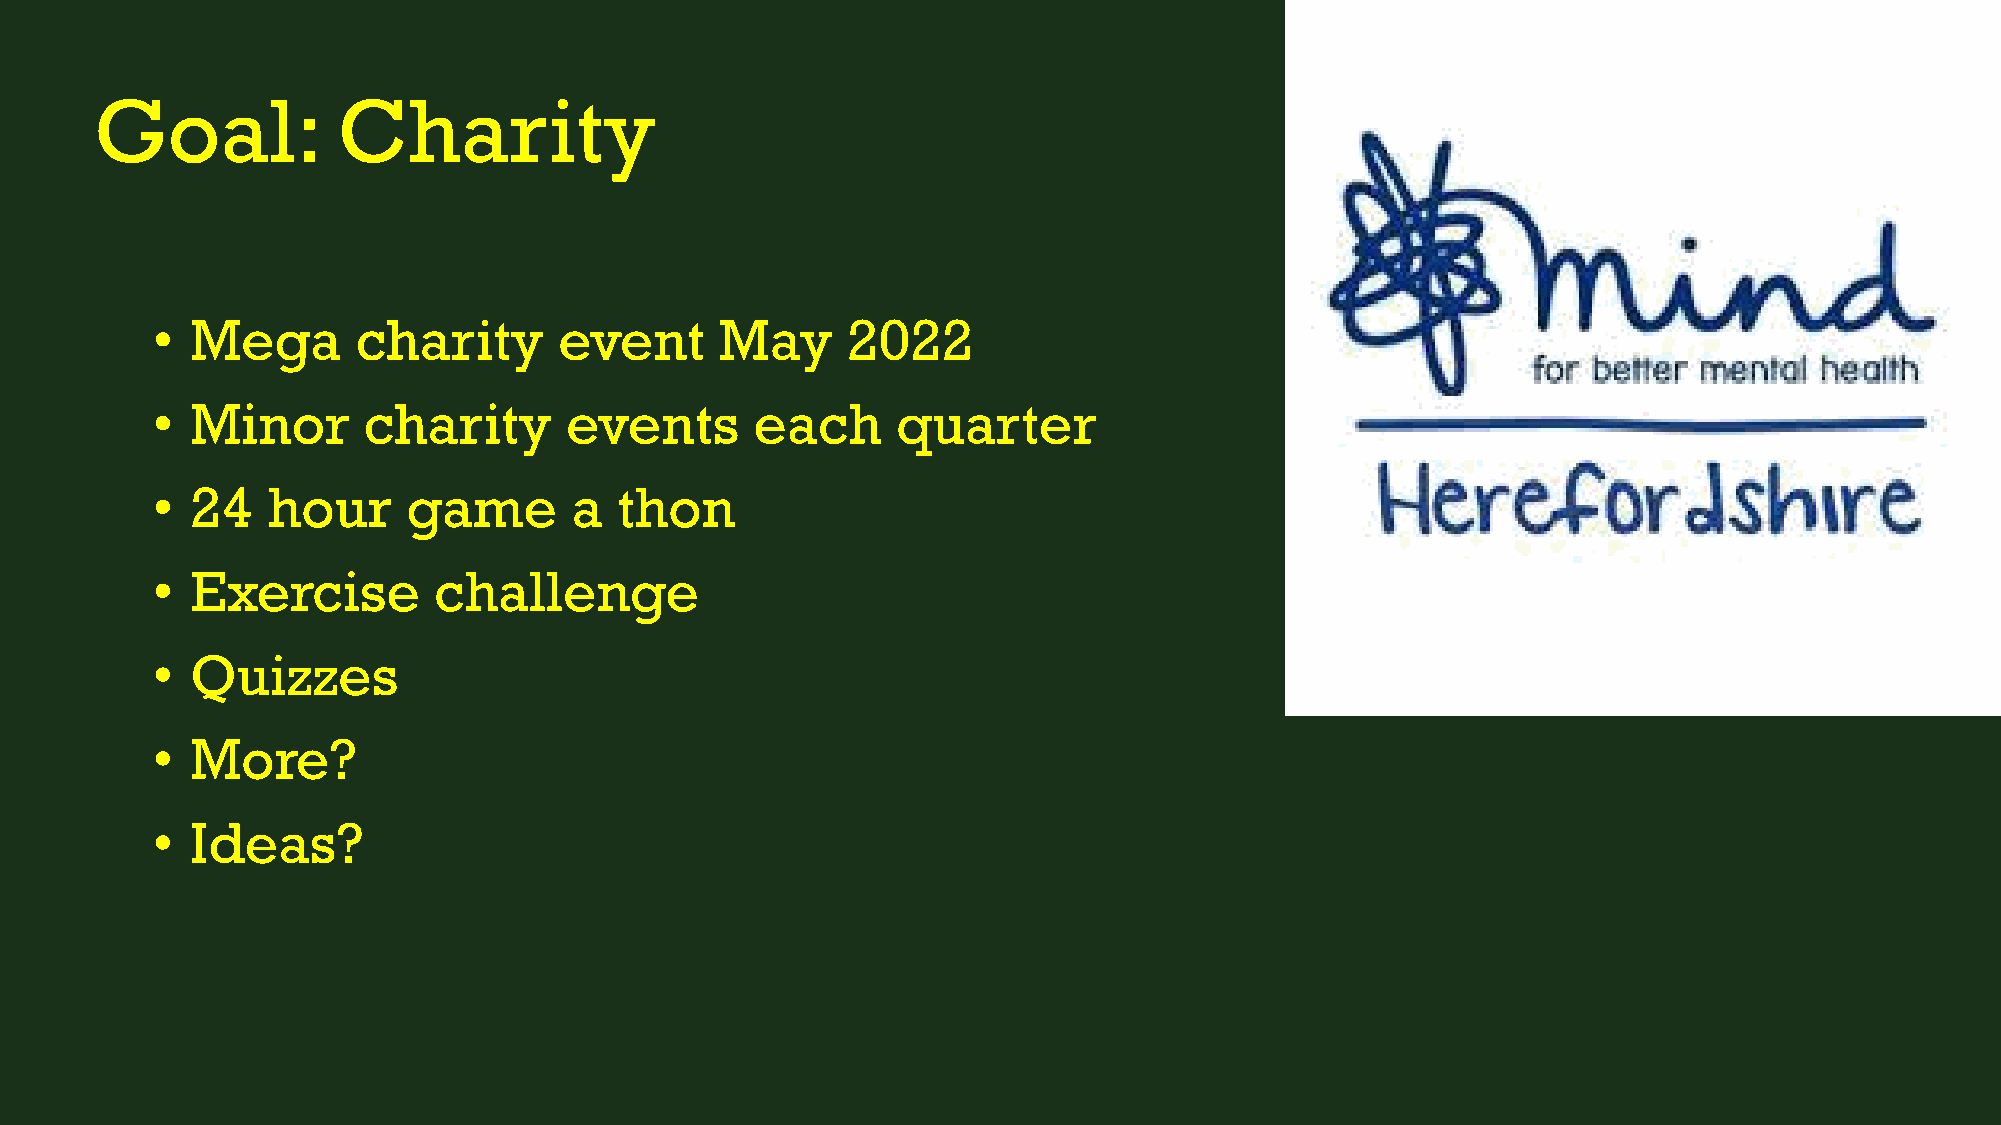
Goal:           Charity
 •  Mega       charity      event      May     2022
 •  Minor      charity      events       each     quarter
 •  24   hour     game       a  thon
 •  Exercise        challenge
 •  Quizzes
 •  More?
 •  Ideas?